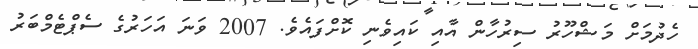
ހެދުމަށް މަޝްހޫރު ސިރުހާން އާއި ކައިވެނި ކޮށްފައެވެ. 2007 ވަނަ އަހަރުގެ ސެޕްޓެމްބަރު